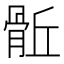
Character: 𩨼